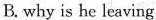
B.why is he leaving